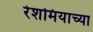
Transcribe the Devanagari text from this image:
रेशमियाच्या